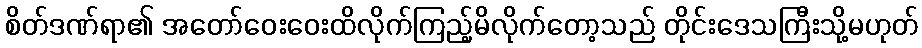
စိတ်ဒဏ်ရာ၏ အတော်ဝေးဝေးထိလိုက်ကြည့်မိလိုက်တော့သည် တိုင်းဒေသကြီးသို့မဟုတ်